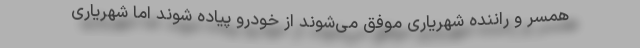
همسر و راننده شهریاری موفق می‌شوند از خودرو پیاده شوند اما شهریاری